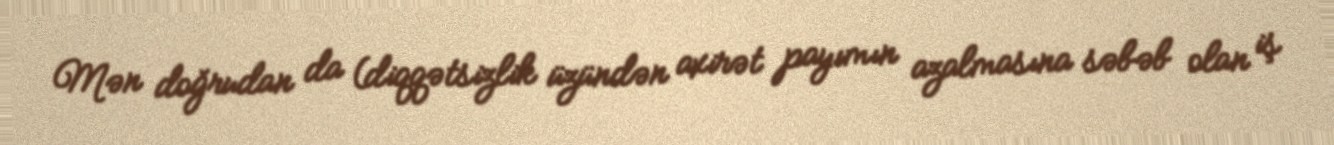
Mən doğrudan da (diqqətsizlik üzündən axirət payımın azalmasına səbəb olan iş